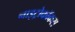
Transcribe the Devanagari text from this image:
नाइट्रोकॉकस